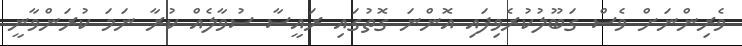
ވެރިންނަށް ވެސް ގަބޫލުކުރެވިފައި އޮންނަ ގޮތުގައި ރައީސާ ސުވާލެއް ކުރާ ނަމަ ކުރަންވާނީ